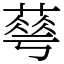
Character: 䔢